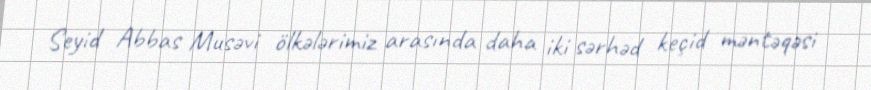
Seyid Abbas Musəvi ölkələrimiz arasında daha iki sərhəd keçid məntəqəsi